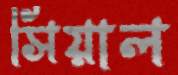
সিয়াল